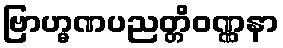
ဗြာဟ္မဏပညတ္တိဝဏ္ဏနာ